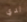
لدي